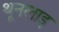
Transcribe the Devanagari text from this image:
थूनलाइ